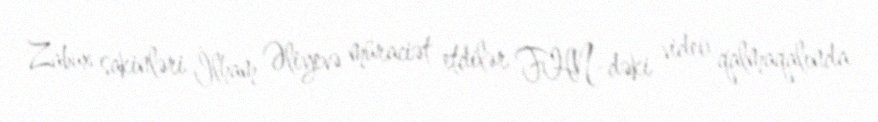
Zabux sakinləri İlham Əliyevə müraciət etdilər FHN-dəki video qalmaqalında